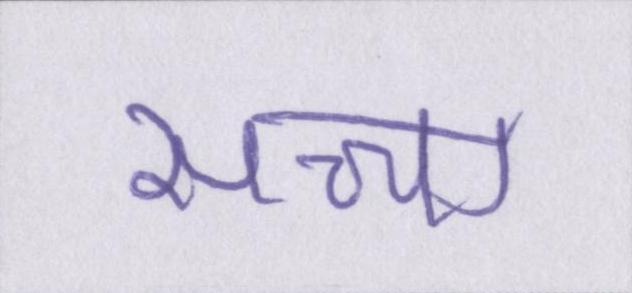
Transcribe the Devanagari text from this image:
सच्चा